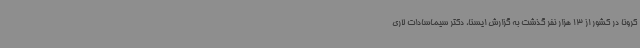
کرونا در کشور از 13 هزار نفر گذشت به گزارش ایسنا، دکتر سیماسادات لاری